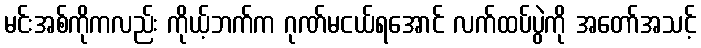
မင်းအစ်ကိုကလည်း ကိုယ့်ဘက်က ဂုဏ်မငယ်ရအောင် လက်ထပ်ပွဲကို အတော်အသင့်